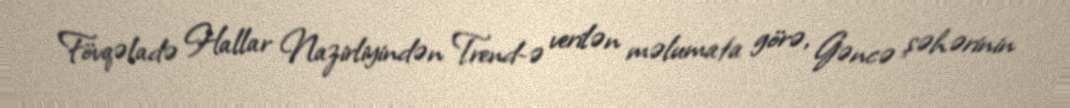
Fövqəladə Hallar Nazirliyindən Trend-ə verilən məlumata görə, Gəncə şəhərinin